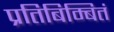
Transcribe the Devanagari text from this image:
प्रतिबिम्बितं